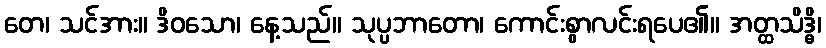
တေ၊ သင်အား။ ဒိဝသော၊ နေ့သည်။ သုပ္ပဘာတော၊ ကောင်းစွာလင်းရပေ၏။ အတ္ထသိဒ္ဓိ၊